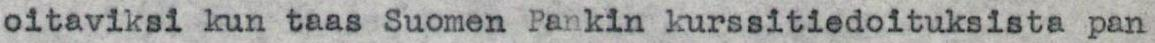
oitaviksi kun taas Suomen Pankin kurssitiedoituksista pan